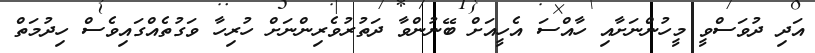
އަދި ދުވަސްވީ މީހުންނަށާއި ހާއްސަ އެހީއަށް ބޭނުންވާ ދަތުރުވެރިންނަށް ހުރިހާ ވަގުތެއްގައިވެސް ހިދުމަތް